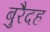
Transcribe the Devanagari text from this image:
बुरैदह